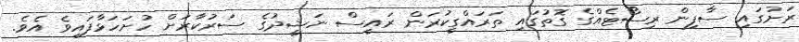
ރަށުގައި ސާފިން ރިސޯޓެއްގެ ގޮތުގައި ތަރައްގީކުރަން ރައީސް ނަޝީދުގެ ސަރުކާރަށް ހުށަހަޅާފައިވެ އެވެ.